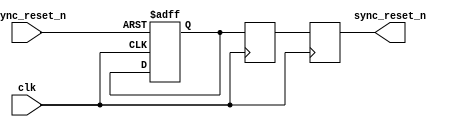
module async_reset_synchronizer (
    input wire async_reset_n, // Active low asynchronous reset
    input wire clk,           // Clock input
    output reg sync_reset_n   // Synchronized reset output
);

    // Internal signals for synchronizing the reset
    reg sync_ff1; // First flip-flop output
    reg sync_ff2; // Second flip-flop output

    // Asynchronous reset logic
    always @(posedge clk or negedge async_reset_n) begin
        if (!async_reset_n) begin
            sync_ff1 <= 1'b0; // Assert reset
        end else begin
            sync_ff1 <= sync_ff1; // Hold value
        end
    end

    // Second flip-flop for further synchronization
    always @(posedge clk) begin
        sync_ff2 <= sync_ff1; // Sample the first flip-flop output
    end

    // Final synchronized reset output
    always @(posedge clk) begin
        sync_reset_n <= sync_ff2; // Output the synchronized reset
    end

endmodule